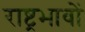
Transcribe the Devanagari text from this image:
राष्ट्रभावों